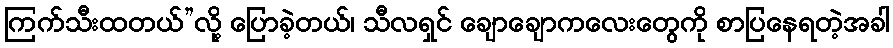
ကြက်သီးထတယ်”လို့ ပြောခဲ့တယ်၊ သီလရှင် ချောချောကလေးတွေကို စာပြနေရတဲ့အခါ